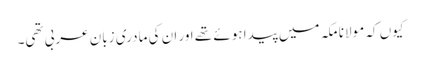
کیوں کہ مولانا مکہ میں پیدا ہوئے تھے اور ان کی مادری زبان عربی تھی۔